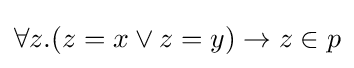
\forall z.(z=x\lor z=y)\to z\in p